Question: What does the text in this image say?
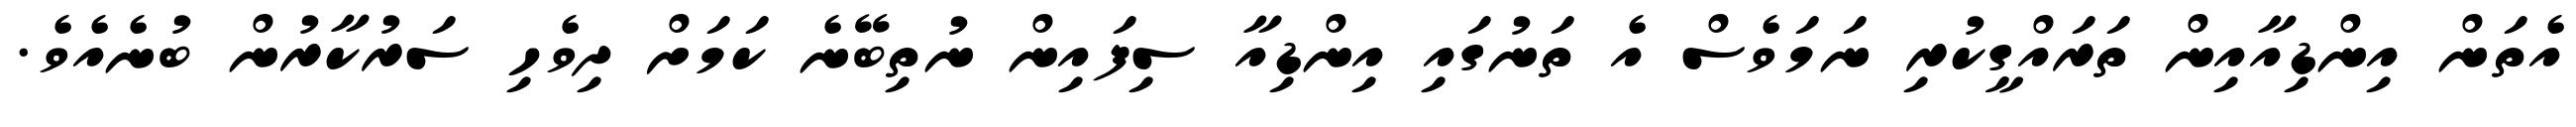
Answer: އެތަން އިންޑިއާއިން ތަރައްގީކުރި ނަމަވެސް އެ ތަނުގައި އިންޑިއާ ސިފައިން ނުތިބޭނެ ކަމަށް ދިވެހި ސަރުކާރުން ބުނެއެވެ.